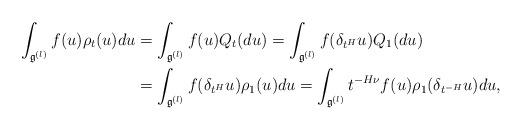
LaTeX: \begin{align*}\int_{\mathfrak{g}^{(l)}}f(u)\rho_{t}(u)du & =\int_{\mathfrak{g}^{(l)}}f(u)Q_{t}(du) =\int_{\mathfrak{g}^{(l)}}f(\delta_{t^{H}}u)Q_{1}(du)\\ & =\int_{\mathfrak{g}^{(l)}}f(\delta_{t^{H}}u)\rho_{1}(u)du =\int_{\mathfrak{g}^{(l)}}t^{-H\nu}f(u)\rho_{1}(\delta_{t^{-H}}u)du,\end{align*}